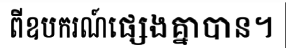
ពីឧបករណ៍ផ្សេងគ្នាបាន។